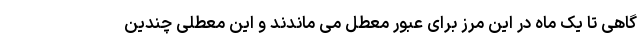
گاهی تا یک ماه در این مرز برای عبور معطل می ماندند و این معطلی چندین